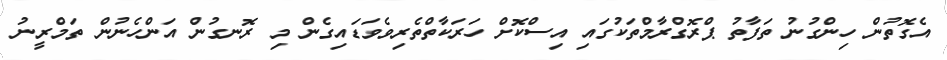
އެގޮތުން ހިންގުނު ތަފާތު ޕްރޮގްރާމްތަކުގައި އިސްކޮށް ހަރަކާތްތެރިވެވަޑައިގެން މި ރޮނގުން އަންހެނުން ތަމްރީނު